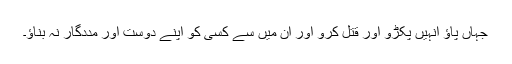
جہاں پاؤ انہیں پکڑو اور قتل کرو اور ان میں سے کسی کو اپنے دوست اور مددگار نہ بناؤ۔